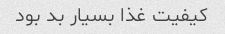
کیفیت غذا بسیار بد بود